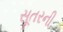
સૂતરની